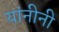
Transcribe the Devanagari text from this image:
यांनीनी